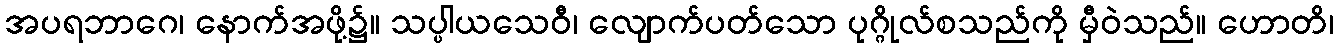
အပရဘာဂေ၊ နောက်အဖို့၌။ သပ္ပါယသေဝီ၊ လျောက်ပတ်သော ပုဂ္ဂိုလ်စသည်ကို မှီဝဲသည်။ ဟောတိ၊